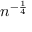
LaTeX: n ^ { - { \frac { 1 } { 4 } } }